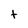
Character: t